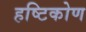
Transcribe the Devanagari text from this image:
हष्टिकोण